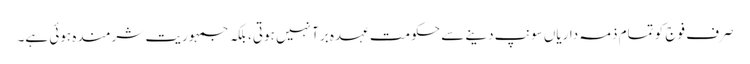
صرف فوج کو تمام ذمہ داریاں سونپ دینے سے حکومت عہدہ برآ نہیں ہوتی، بلکہ جمہوریت شرمندہ ہوئی ہے۔